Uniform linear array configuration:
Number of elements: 12
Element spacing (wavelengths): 1
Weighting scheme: cosine
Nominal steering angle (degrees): -30
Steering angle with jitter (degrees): -31.624
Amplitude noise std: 0.05
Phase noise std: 0.05

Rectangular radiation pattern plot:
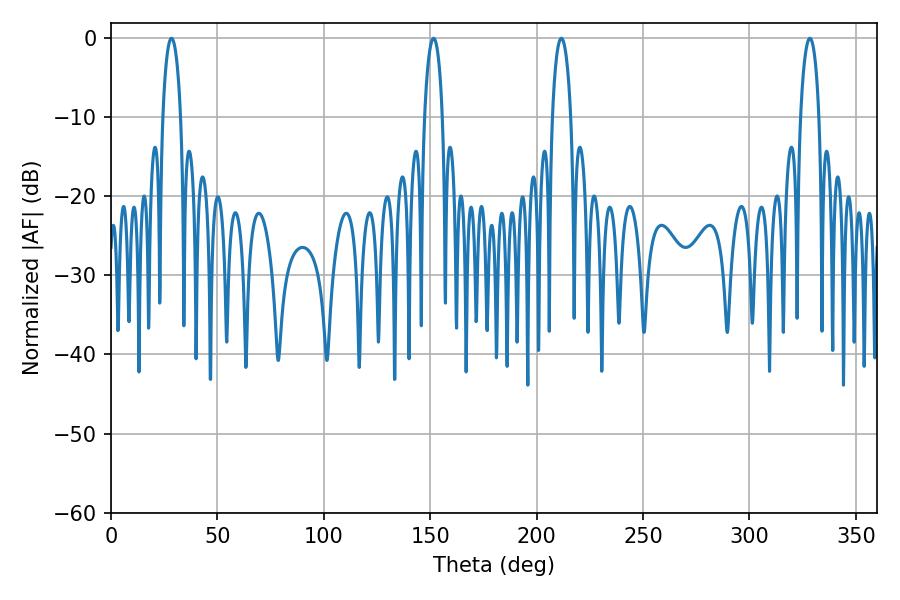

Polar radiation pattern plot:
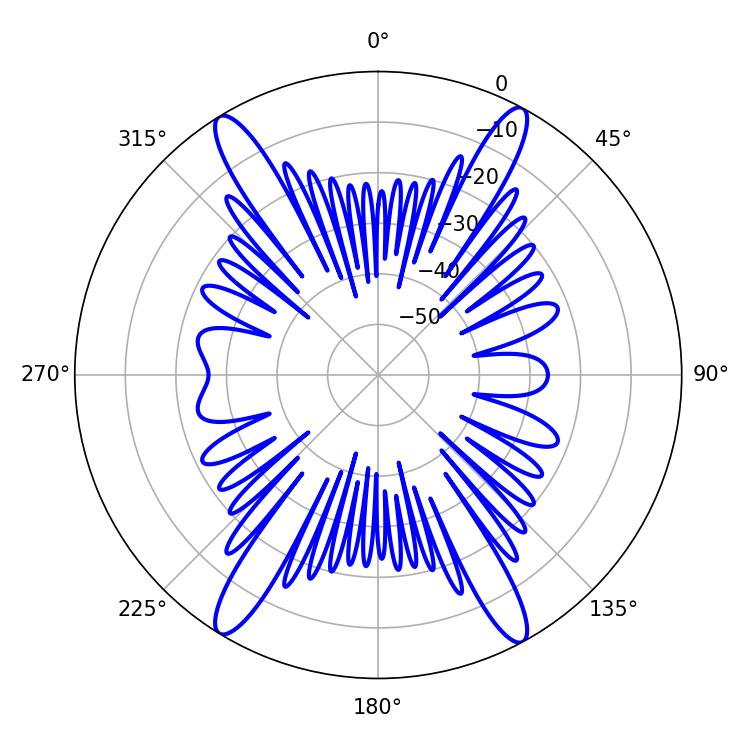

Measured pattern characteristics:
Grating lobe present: TRUE
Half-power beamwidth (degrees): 4.68
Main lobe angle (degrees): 28.44